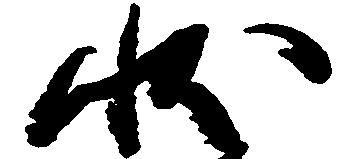
状